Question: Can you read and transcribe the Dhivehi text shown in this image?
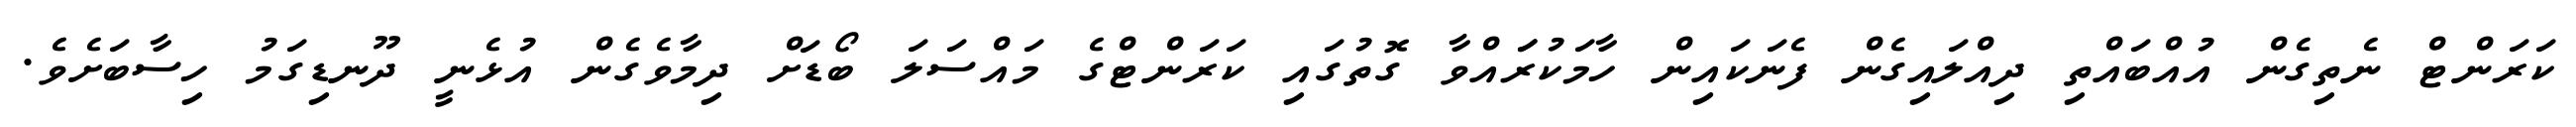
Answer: ކަރަންޓް ނެތިގެން އުއްބައްތި ދިއްލައިގެން ފެނަކައިން ހާމަކުރަައްވާ ގޮތުގައި ކަރަންޓްގެ މައްސަލަ ބޯޑަށް ދިމާވެގެން އުޅެނީ ދޫނޑިގަމު ހިސާބަށެވެ.